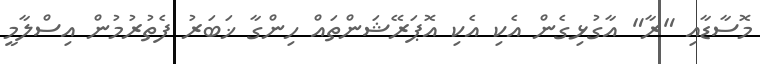
މޮސާޑާއި "ރާ" އާގުޅިގެން އެކި އެކި އޮޕަރޭޝަންތައް ހިންގާ ޚަބަރު ފެތުރުމުން އިސްލާމީ